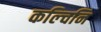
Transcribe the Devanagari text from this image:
कल्चिनि